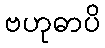
ဗဟုဓာပိ